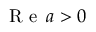
\mathrm { ~ R ~ e ~ } \, a > 0